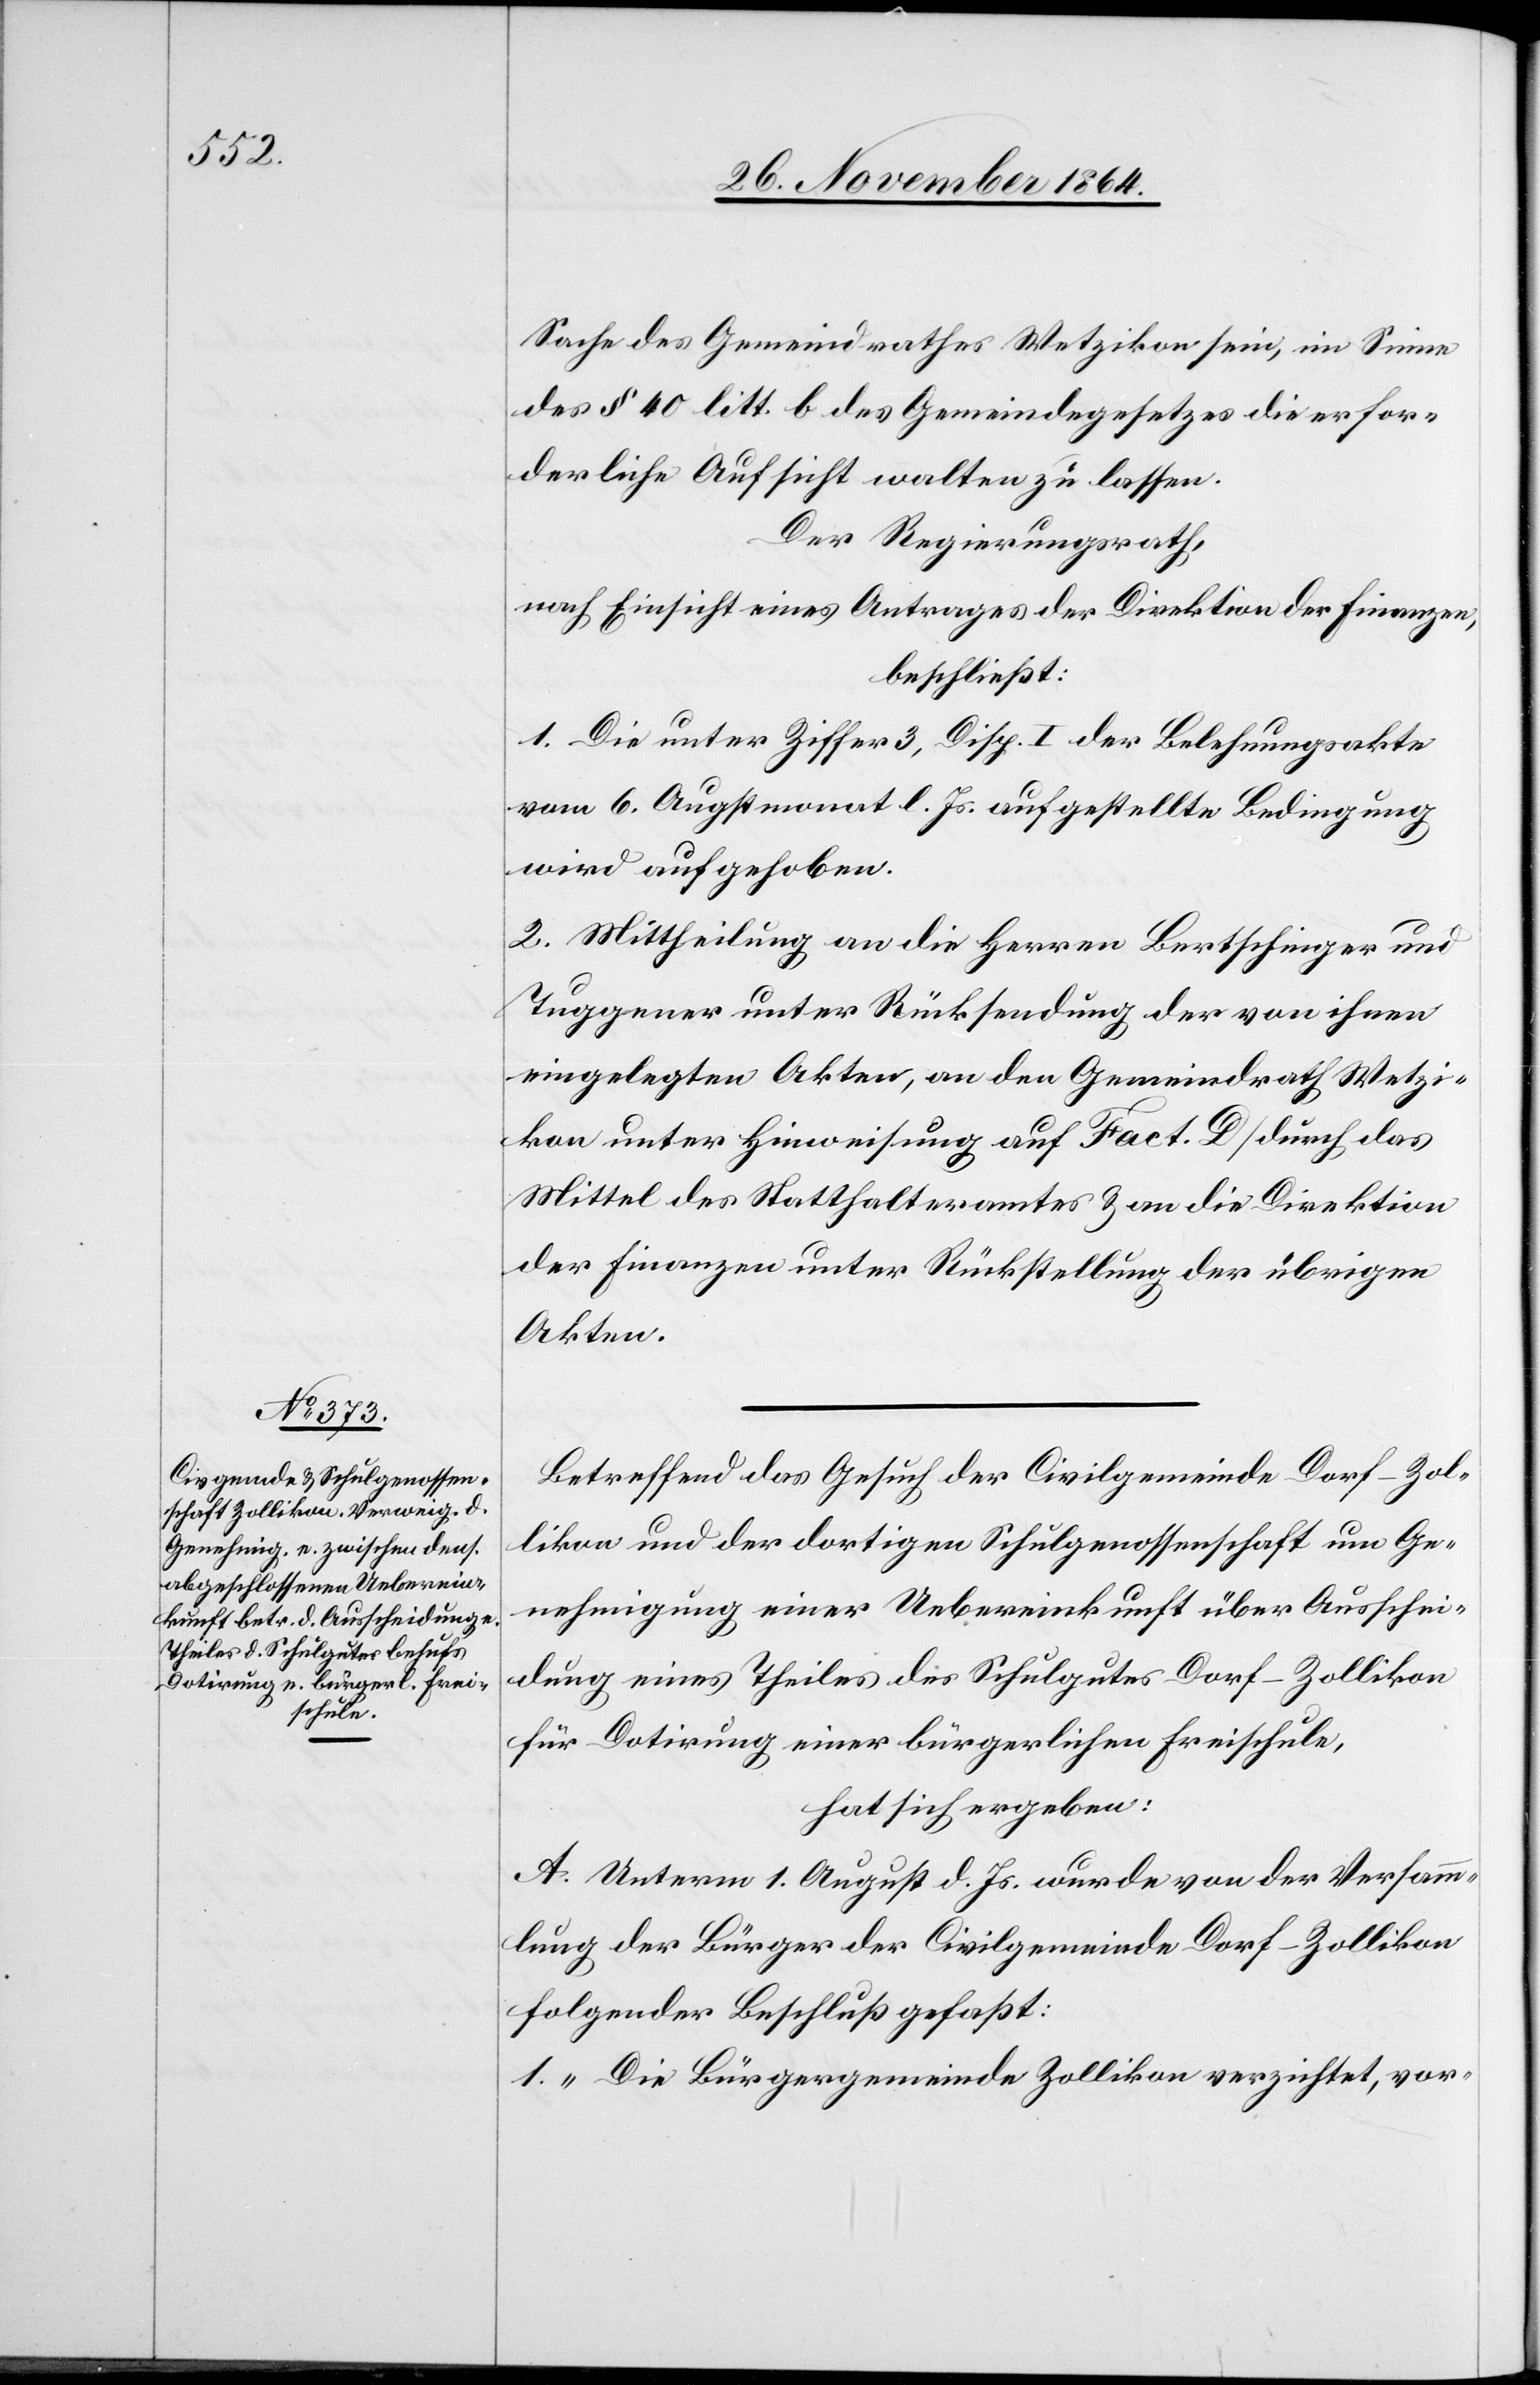
Sache des Gemeindrathes Wetzikon sein, im Sine
des § 40 litt. b des Gemeindegesetzes die erfor¬
derliche Aufsicht walten zu lassen.
Der Regierungsrath,
nach Einsicht eines Antrages der Direktion der Finanzen,
beschließt:
1. die unter Ziffer 3, Disp. I der Belehnungsakte
vom 6. Augstmonat l. Js. aufgestellte Bedingung
wird aufgehoben.
2. Mittheilung an die Herren Bertschinger und
Tuggener unter Rücksendung der von ihnen
eingelegten Akten, an den Gemeindrath Wetzi¬
kon unter Hinweisung auf Fact. D durch das
Mittel des Statthalteramtes & an die Direktion
der Finanzen unter Rückstellung der übrigen
Akten.
Betreffend das Gesuch der Civilgemeinde Dorf-Zol¬
likon und der dortigen Schulgenossenschaft um Ge¬
nehmigung einer Uebereinkunft über Ausschei¬
dung eines Theiles des Schulgutes Dorf-Zollikon
für Dotirung einer bürgerlichen Freischule,
hat sich ergeben:
A. Unterm 1. August d. Js. wurde von der Versamm¬
lung der Bürger der Civilgemeinde Dorf-Zollikon
folgender Beschluß gefaßt:
1. „Die Bürgergemeinde Zollikon verzichtet, vor-